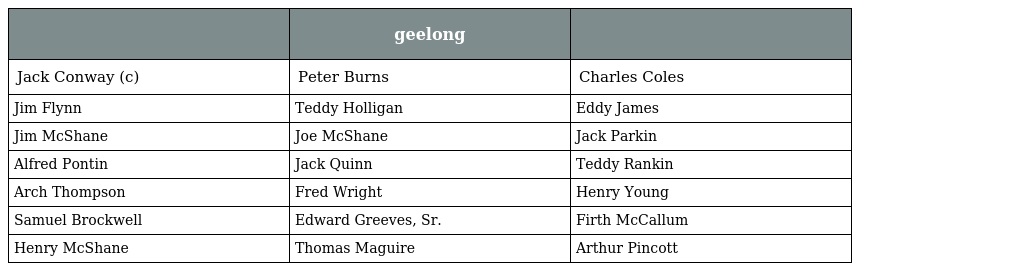
|  | geelong |  |
 | --- | --- | --- |
 | Jack Conway (c) | Peter Burns | Charles Coles |
 | Jim Flynn | Teddy Holligan | Eddy James |
 | Jim McShane | Joe McShane | Jack Parkin |
 | Alfred Pontin | Jack Quinn | Teddy Rankin |
 | Arch Thompson | Fred Wright | Henry Young |
 | Samuel Brockwell | Edward Greeves, Sr. | Firth McCallum |
 | Henry McShane | Thomas Maguire | Arthur Pincott |